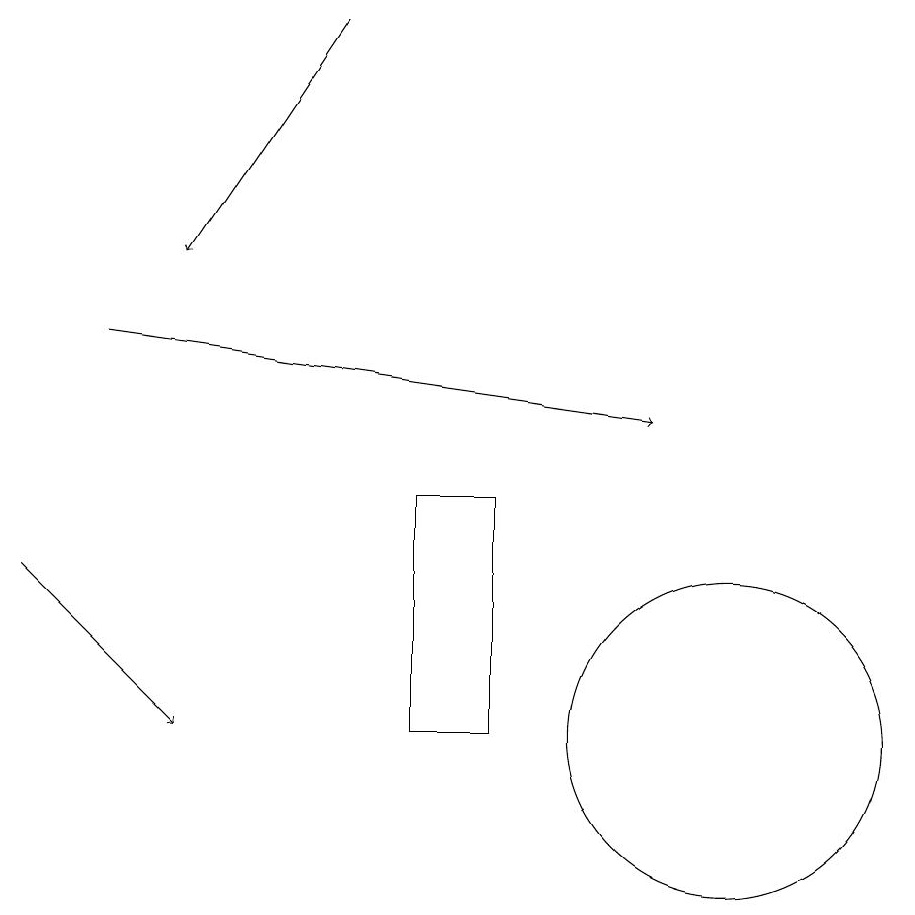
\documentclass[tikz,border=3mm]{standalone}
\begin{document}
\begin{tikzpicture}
\draw[->] (5,19) -- (3,16);
\draw (10,10) circle (2);
\draw[->] (2,15) -- (9,14);
\draw[->] (1,12) -- (3,10);
\draw (6,13) rectangle (7,10);
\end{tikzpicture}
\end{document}